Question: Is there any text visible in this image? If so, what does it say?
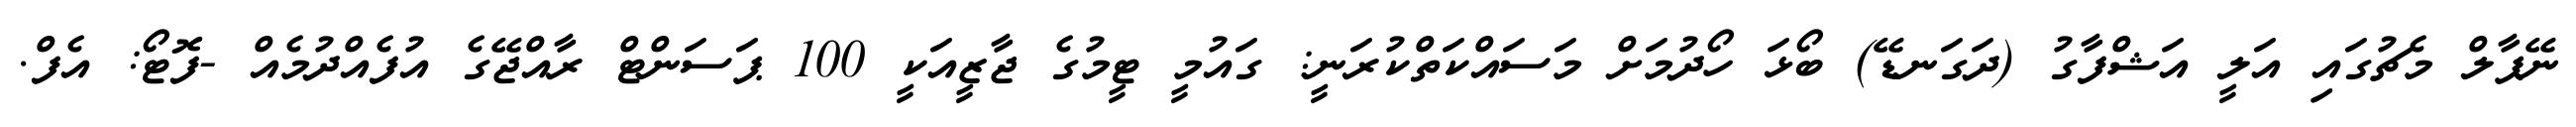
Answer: ނޭޕާލް މެޗުގައި އަލީ އަޝްފާގު (ދަގަނޑޭ) ބޯޅަ ހޯދުމަށް މަސައްކަތްކުރަނީ: ގައުމީ ޓީމުގެ ޖާޒީއަކީ 100 ޕަސަންޓް ރާއްޖޭގެ އުފެއްދުމެއް -ފޮޓޯ: އެފް.